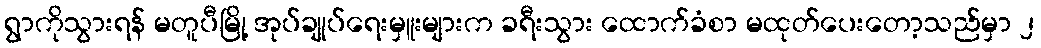
ရွာကိုသွားရန် မတူပီမြို့ အုပ်ချုပ်ရေးမှူးများက ခရီးသွား ထောက်ခံစာ မထုတ်ပေးတော့သည်မှာ ၂